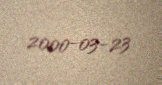
2000-03-23